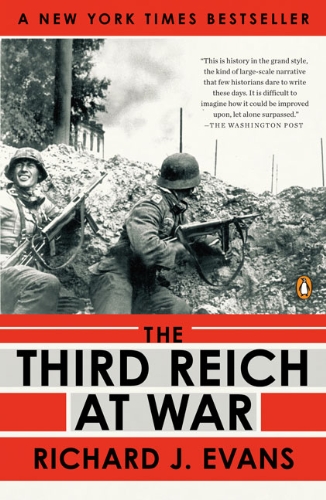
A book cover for The Third Reich at War; Richard J. Evans; History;